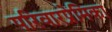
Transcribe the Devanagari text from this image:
परिवारप्रेमिका